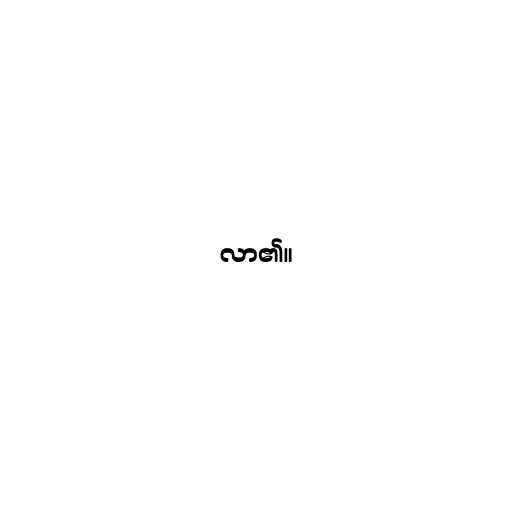
လာ၏။